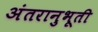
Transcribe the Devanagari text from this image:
अंतरानुभूती